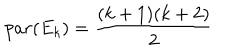
p a r ( E _ { k } ) = { \frac { ( k + 1 ) ( k + 2 ) } { 2 } }